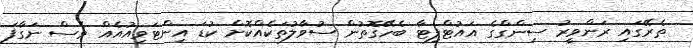
ތެރޭގައި ރަންވީރު ސިންގްގެ އައުޓްފިޓާ ބެހޭގޮތުން ސުވާލުތަކެއްކޮށް ކުޑަ އިންޓަވިއުއެއް ވެސް ނަގާފަ